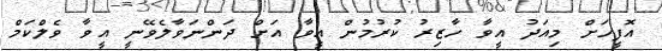
އޮފީހަށް މިއަދު އީވާ ހާޒިރު ކުރުމުން އީވާ އަށް ދަންނަވާލެވޭނީ އީވާ ވެލްކަމް